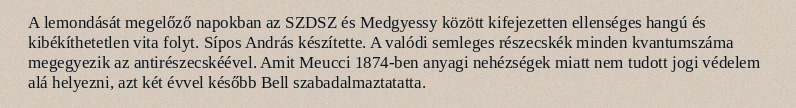
A lemondását megelőző napokban az SZDSZ és Medgyessy között kifejezetten ellenséges hangú és kibékíthetetlen vita folyt. Sípos András készítette. A valódi semleges részecskék minden kvantumszáma megegyezik az antirészecskéével. Amit Meucci 1874-ben anyagi nehézségek miatt nem tudott jogi védelem alá helyezni, azt két évvel később Bell szabadalmaztatatta.